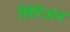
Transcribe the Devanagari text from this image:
सिरिअन